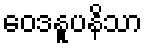
ဝေဒနူပနိသာ